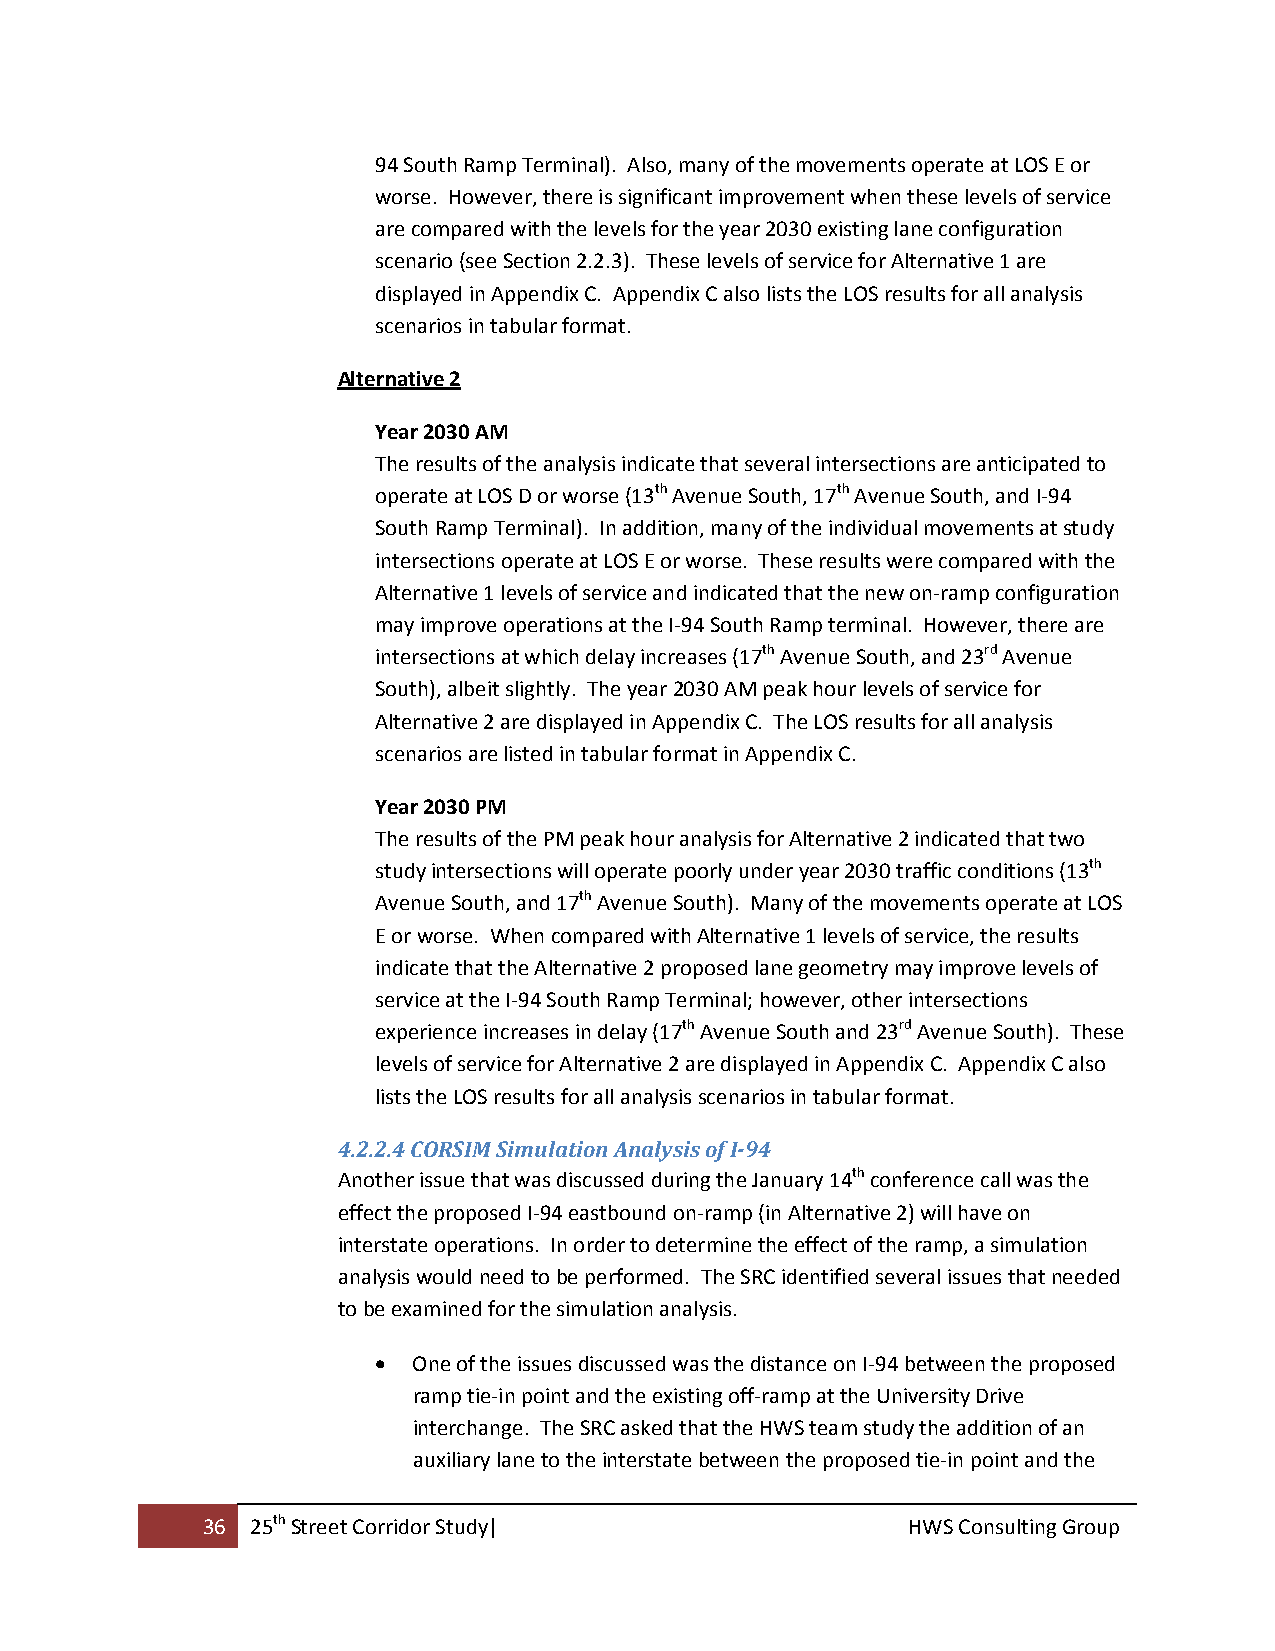
94 South Ramp Terminal). Also, many of the movements operate at LOS E or
 worse. However, there is significant improvement when these levels of service
 are compared with the levels for the year 2030 existing lane configuration
 scenario (see Section 2.2.3). These levels of service for Alternative 1 are
 displayed in Appendix C. Appendix C also lists the LOS results for all analysis
 scenarios in tabular format.
 Alternative 2
 Year 2030 AM
 The results of the analysis indicate that several intersections are anticipated to
 operate at LOS D or worse (13th Avenue South, 17th Avenue South, and I‐94
 South Ramp Terminal). In addition, many of the individual movements at study
 intersections operate at LOS E or worse. These results were compared with the
 Alternative 1 levels of service and indicated that the new on‐ramp configuration
 may improve operations at the I‐94 South Ramp terminal. However, there are
 intersections at which delay increases (17th Avenue South, and 23rd Avenue
 South), albeit slightly. The year 2030 AM peak hour levels of service for
 Alternative 2 are displayed in Appendix C. The LOS results for all analysis
 scenarios are listed in tabular format in Appendix C.
 Year 2030 PM
 The results of the PM peak hour analysis for Alternative 2 indicated that two
 study intersections will operate poorly under year 2030 traffic conditions (13th
 Avenue South, and 17th Avenue South). Many of the movements operate at LOS
 E or worse. When compared with Alternative 1 levels of service, the results
 indicate that the Alternative 2 proposed lane geometry may improve levels of
 service at the I‐94 South Ramp Terminal; however, other intersections
 experience increases in delay (17th Avenue South and 23rd Avenue South). These
 levels of service for Alternative 2 are displayed in Appendix C. Appendix C also
 lists the LOS results for all analysis scenarios in tabular format.
 4.2.2.4 CORSIM Simulation Analysis of I­94
 Another issue that was discussed during the January 14th conference call was the
 effect the proposed I‐94 eastbound on‐ramp (in Alternative 2) will have on
 interstate operations. In order to determine the effect of the ramp, a simulation
 analysis would need to be performed. The SRC identified several issues that needed
 to be examined for the simulation analysis.
  One of the issues discussed was the distance on I‐94 between the proposed
 ramp tie‐in point and the existing off‐ramp at the University Drive
 interchange. The SRC asked that the HWS team study the addition of an
 auxiliary lane to the interstate between the proposed tie‐in point and the
 36  25th Street Corridor Study|                HWS Consulting Group